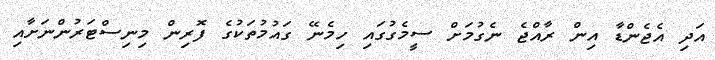
އަދި އެޖެންޑާ އިން ރާއްޖެ ނެގުމަށް ސީމެގުގައި ހިމެނޭ ގައުމުތަކުގެ ފޮރިން މިނިސްޓަރުންނަށާއި